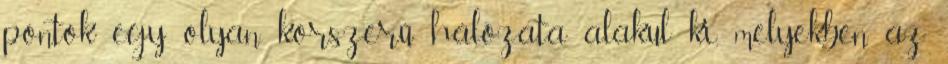
pontok egy olyan korszerű hálózata alakul ki, melyekben az